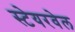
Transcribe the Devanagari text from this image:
स्टेयरवेल